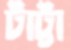
টাট্টা